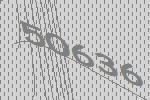
50636